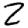
Digit: 2